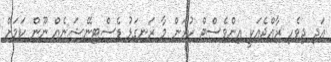
އަދި ދިވެހި ރާއްޖެއަކީ އިންވެސްޓް ކުރަން މާ ރަނގަޅު ޑެސްޓިނޭޝަނެއް ނޫން ކަމަށް